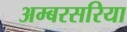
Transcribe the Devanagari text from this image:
अम्बरसरिया